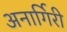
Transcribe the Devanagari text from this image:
अनार्गिरी